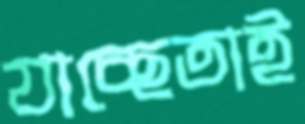
যাচ্ছেতাই